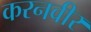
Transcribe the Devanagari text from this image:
करनवीर